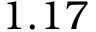
1 . 1 7